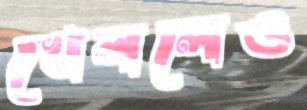
খেললেও